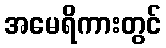
အမေရိကားတွင်